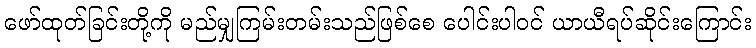
ဖော်ထုတ်ခြင်းတို့ကို မည်မျှကြမ်းတမ်းသည်ဖြစ်စေ ပေါင်းပါဝင် ယာယီရပ်ဆိုင်းကြောင်း